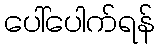
ပေါ်ပေါက်ရန်